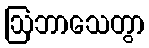
ဩဘာသေတွာ